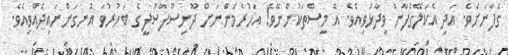
ގެފާނަށެވެ. އަދި އެކަލޭގެފާނު ވިދާޅުވިއެވެ. އޭ މީސްތަކުންނޭވެ! އަހުރެމެންނަށް ދޫނިސޫފާސޫފީގެ ބަހުރުވަ އުނގަންނައިދެއްވިއެވެ.